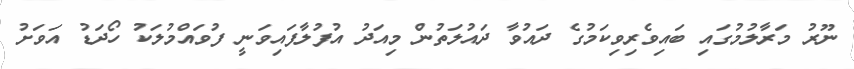
ނޫރު މަރާލުމުގައި ބައިވެރިވިކަމުގެ ދައުވާ ދައުލަތުން މިއަދު އުފުލާފައިވަނީ ފުވައްމުލަކު ހޯދަޑު އަވަށު